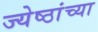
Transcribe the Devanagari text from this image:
ज्येष्ठांच्या